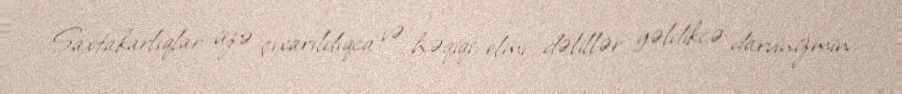
Saxtakarlıqlar üzə çıxarıldıqca və həqiqi elmi dəlillər gəldikcə darvinizmin